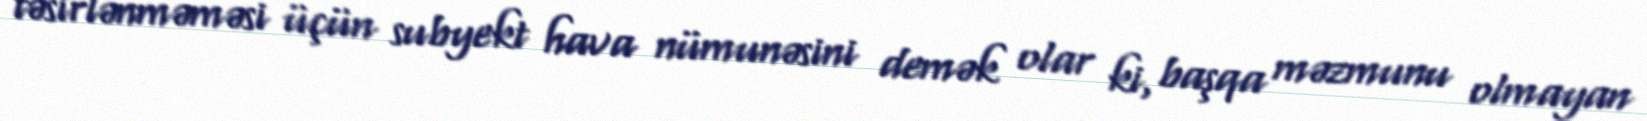
təsirlənməməsi üçün subyekt hava nümunəsini demək olar ki, başqa məzmunu olmayan